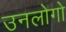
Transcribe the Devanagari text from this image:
उनलोगो